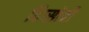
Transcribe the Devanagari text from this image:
दिप्सोदी